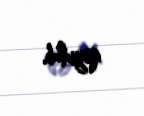
qoyulub.